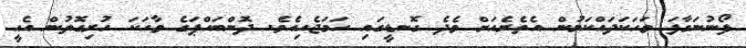
ފޯނުނަގާފަ ވަހަކަދައްކަމުން އެތެރެއަށް ވެދެ ގޮނޑީގައި ހަމަޖެހިއެވެ. ދޮންބައްޕަގެ ވާހަކަ ހުރިގޮތުން އެއީ